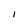
Character: I